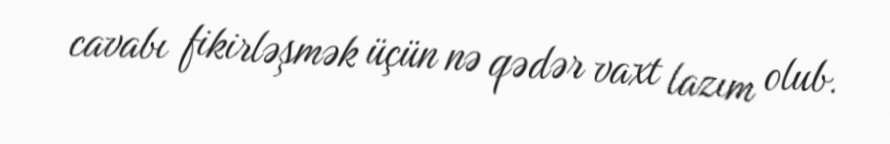
cavabı fikirləşmək üçün nə qədər vaxt lazım olub.